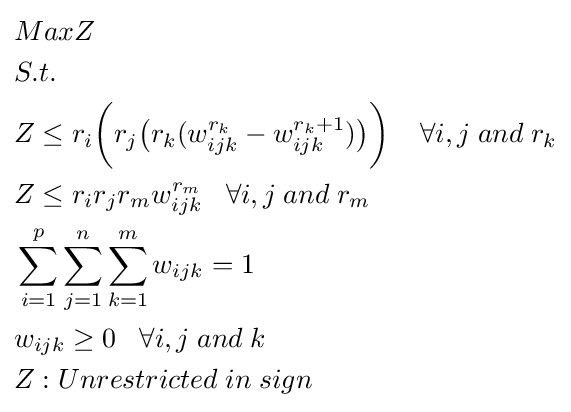
{\textstyle {\begin{aligned}&MaxZ\\&S.t.\\&Z\leq r_{i}{\bigg (}r_{j}{\big (}r_{k}(w_{ijk}^{r_{k}}-w_{ijk}^{{r_{k}}+1}){\big )}{\bigg )}\;\;\;\;\forall i,j\;and\;r_{k}\\&Z\leq r_{i}r_{j}r_{m}w_{ijk}^{r_{m}}\;\;\;\forall i,j\;and\;r_{m}\\&\sum _{i=1}^{p}\sum _{j=1}^{n}\sum _{k=1}^{m}w_{ijk}=1\\&w_{ijk}\geq 0\;\;\;\forall i,j\;and\;k\\&Z:Unrestricted\;in\;sign\\\end{aligned}}}